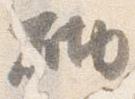
砌